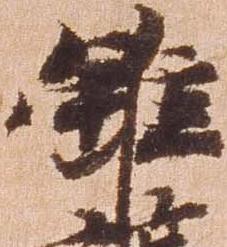
雖